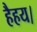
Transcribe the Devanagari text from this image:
हैहय।